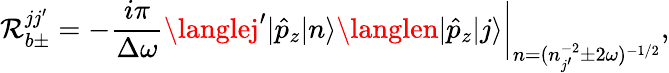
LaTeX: \mathcal{R}_{b\pm}^{jj^{\prime}}=-\frac{{i\pi}}{{\Delta\omega}}\langlej^{\prime}|\hat{{p}}_{z}|n\rangle\langlen|\hat{{p}}_{z}|j\rangle\bigg|_{n=(n_{j^{\prime}}^{-2}\pm2\omega)^{-1/2}},